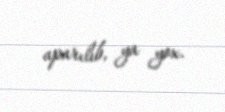
aparılıb, ya yox.